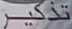
تذكر